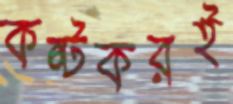
কষ্টকরই